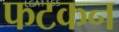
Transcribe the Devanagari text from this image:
फटकन